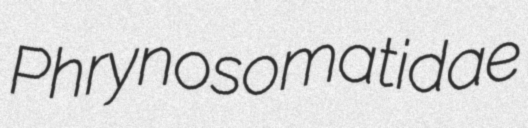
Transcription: Phrynosomatidae